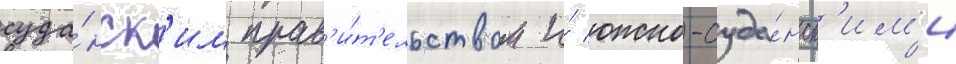
суда́нск'им прав'и́т'ельством и́ южно-суда́нск'им'и